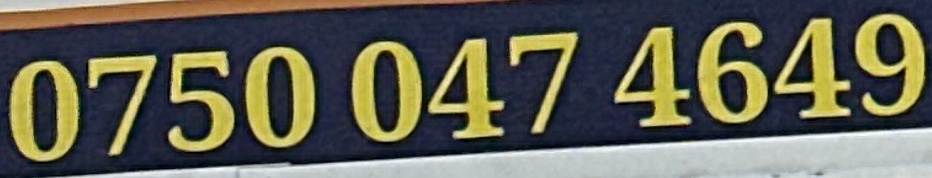
0750 047 4649